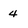
Character: 4